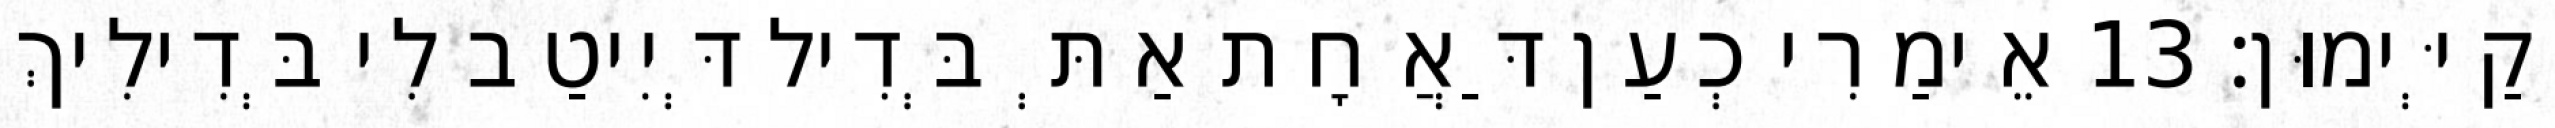
יְקַיְּימוּן׃ 13 אֵימַרִי כְעַן דַּאֲחָת אַתְּ בְּדִיל דְּיִיטַב לִי בְּדִילִיךְ